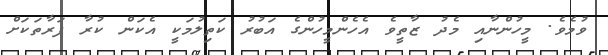
ވުމެވެ. މީހުންނާއި މެދު ޒާތީވެ އެހެންމީހުންގެ އަބުރު ކަތިލުމަކީ އެކަން ކުރާ ފަރާތަކަށް